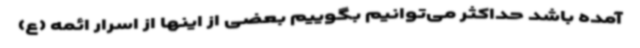
آمده باشد حداکثر می‌توانیم بگوییم بعضی از اینها از اسرار ائمه (ع)